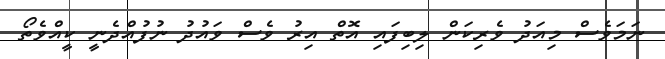
ނަމަވެސް މިއަދު ވެރިކަން ލިބިފައި އޮތް އިރު ވެސް ވައުދު ނުފުއްދެނީ ކީއްވެތޯ